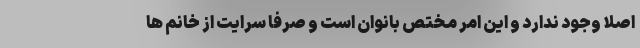
اصلا وجود ندارد و این امر مختص بانوان است و صرفا سرایت از خانم ها